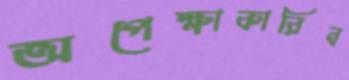
অপেক্ষাকারিন্